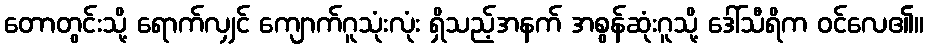
တောတွင်းသို့ ရောက်လျှင် ကျောက်ဂူသုံးလုံး ရှိသည့်အနက် အစွန်ဆုံးဂူသို့ ဒေါ်သီရိက ဝင်လေ၏။